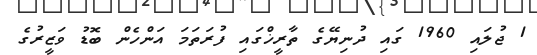
1 ޖުލައި 1960 ގައި ދުނިޔޭގެ ތާރީޚްގައި ފުރަތަމަ އަންހެން ބޮޑު ވަޒީރުގެ